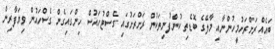
ބައެއް ރަށްރަށުމީހުންނާއި މާލޭގެ ބޮޑެތި ކުންފުނިތަކުން ރަށްރަށުގައި ގެސްޓުހައުސް ހިންގައިގެން ގެސްހައުން ވިޔަފާރިން